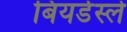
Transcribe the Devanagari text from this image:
बियर्डस्ले